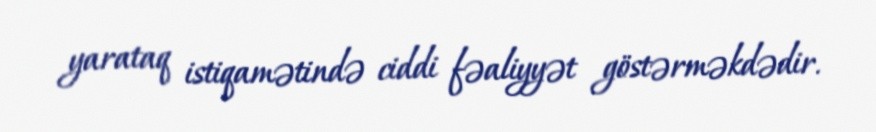
yarataq istiqamətində ciddi fəaliyyət göstərməkdədir.